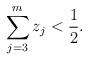
LaTeX: \begin{align*}\sum_{j=3}^{m} z_j < \frac{1}{2}.\end{align*}